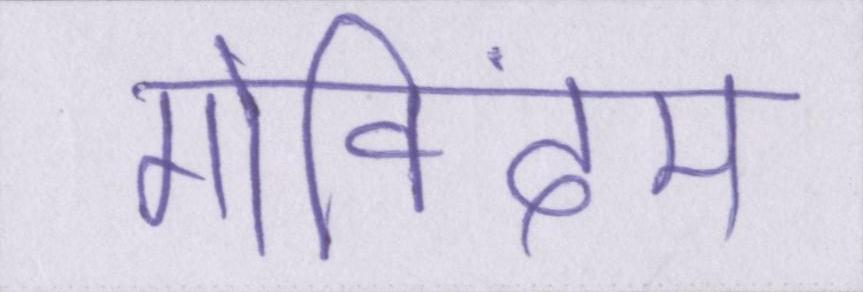
गोविंदम